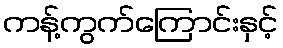
ကန့်ကွက်ကြောင်းနှင့်